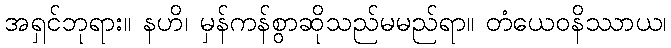
အရှင်ဘုရား။ နဟိ၊ မှန်ကန်စွာဆိုသည်မမည်ရာ။ တံယေဝနိဿာယ၊